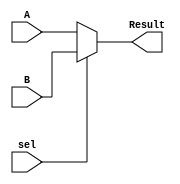

module Mux5bit(
    input [4:0] A , 
    input [4:0] B , 
    input sel , 
    output [4:0] Result 
    );
    assign Result = (sel == 0) ? A : B ; 
endmodule